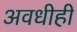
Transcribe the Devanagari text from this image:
अवधीही